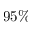
9 5 \%